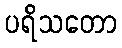
ပရိသတော